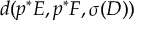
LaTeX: d ( p ^ { * } E , p ^ { * } F , \sigma ( D ) )